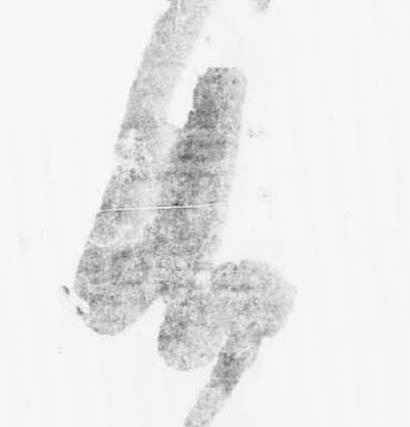
此